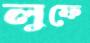
লুফে